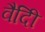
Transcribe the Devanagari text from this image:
वैदीि